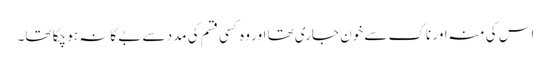
اس کی منہ اور ناک سے خون جاری تھا اور وہ کسی قسم کی مدد سے بے گانہ ہو چکا تھا۔